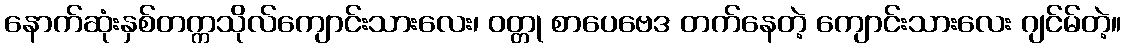
နောက်ဆုံးနှစ်တက္ကသိုလ်ကျောင်းသားလေး၊ ဝတ္တု စာပေဗေဒ တက်နေတဲ့ ကျောင်းသားလေး ဂျင်မ်တဲ့။